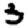
Digit: 3